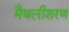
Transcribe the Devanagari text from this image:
मैथलीशरण